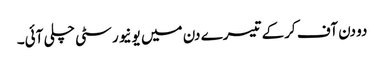
دو دن آف کرکے تیسرے دن میں یونیورسٹی چلی آئی۔